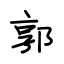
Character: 郭